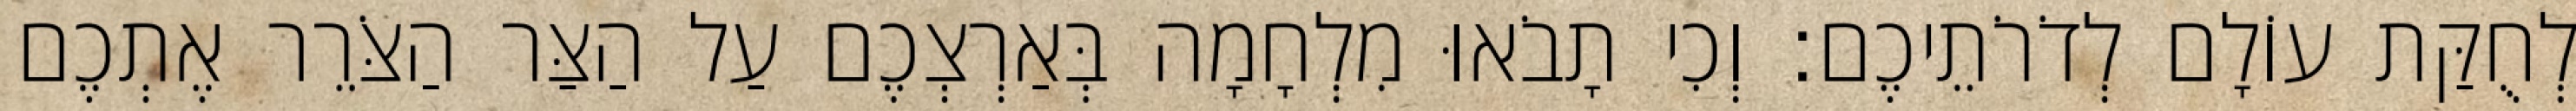
לְחֻקַּת עוֹלָם לְדֹרֹתֵיכֶם׃ וְכִי תָבֹאוּ מִלְחָמָה בְּאַרְצְכֶם עַל הַצַּר הַצֹּרֵר אֶתְכֶם